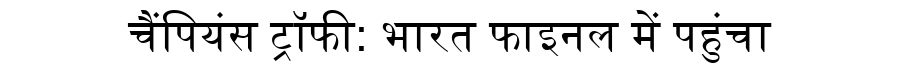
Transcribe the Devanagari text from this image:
चैंपियंस ट्रॉफी: भारत फाइनल में पहुंचा